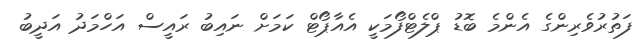
ފަތުރުވެރިންގެ އެންމެ ބޮޑު ޕްލެޓްފޯމަކީ އެއާޕޯޓް ކަމަށް ނައިބު ރައީސް އަހްމަދު އަދީބު